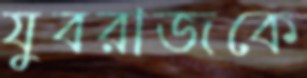
যুবরাজকে